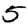
Digit: 5